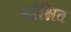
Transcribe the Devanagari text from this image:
म्लेक्षित